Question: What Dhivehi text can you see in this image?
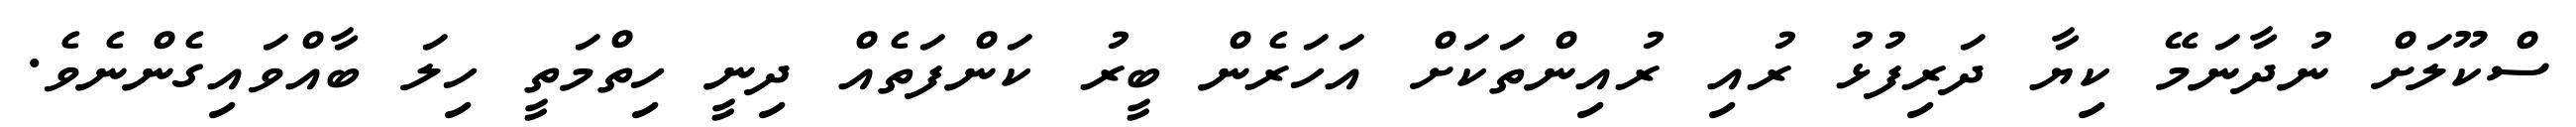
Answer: ސްކޫލަށް ނުދާނަމޭ ކިޔާ ދަރިފުޅު ރުއި ރުއިންތަކަށް އަހަރެން ބީރު ކަންފަތެއް ދިނީ ހިތްމަތީ ހިލަ ބާއްވައިގެންނެވެ.